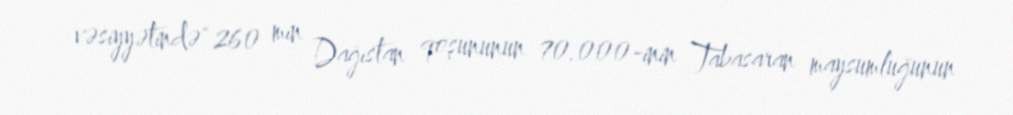
vəsiyyətində" 260 min Dağıstan qoşununun 70.000-inin Tabasaran maysumluğunun